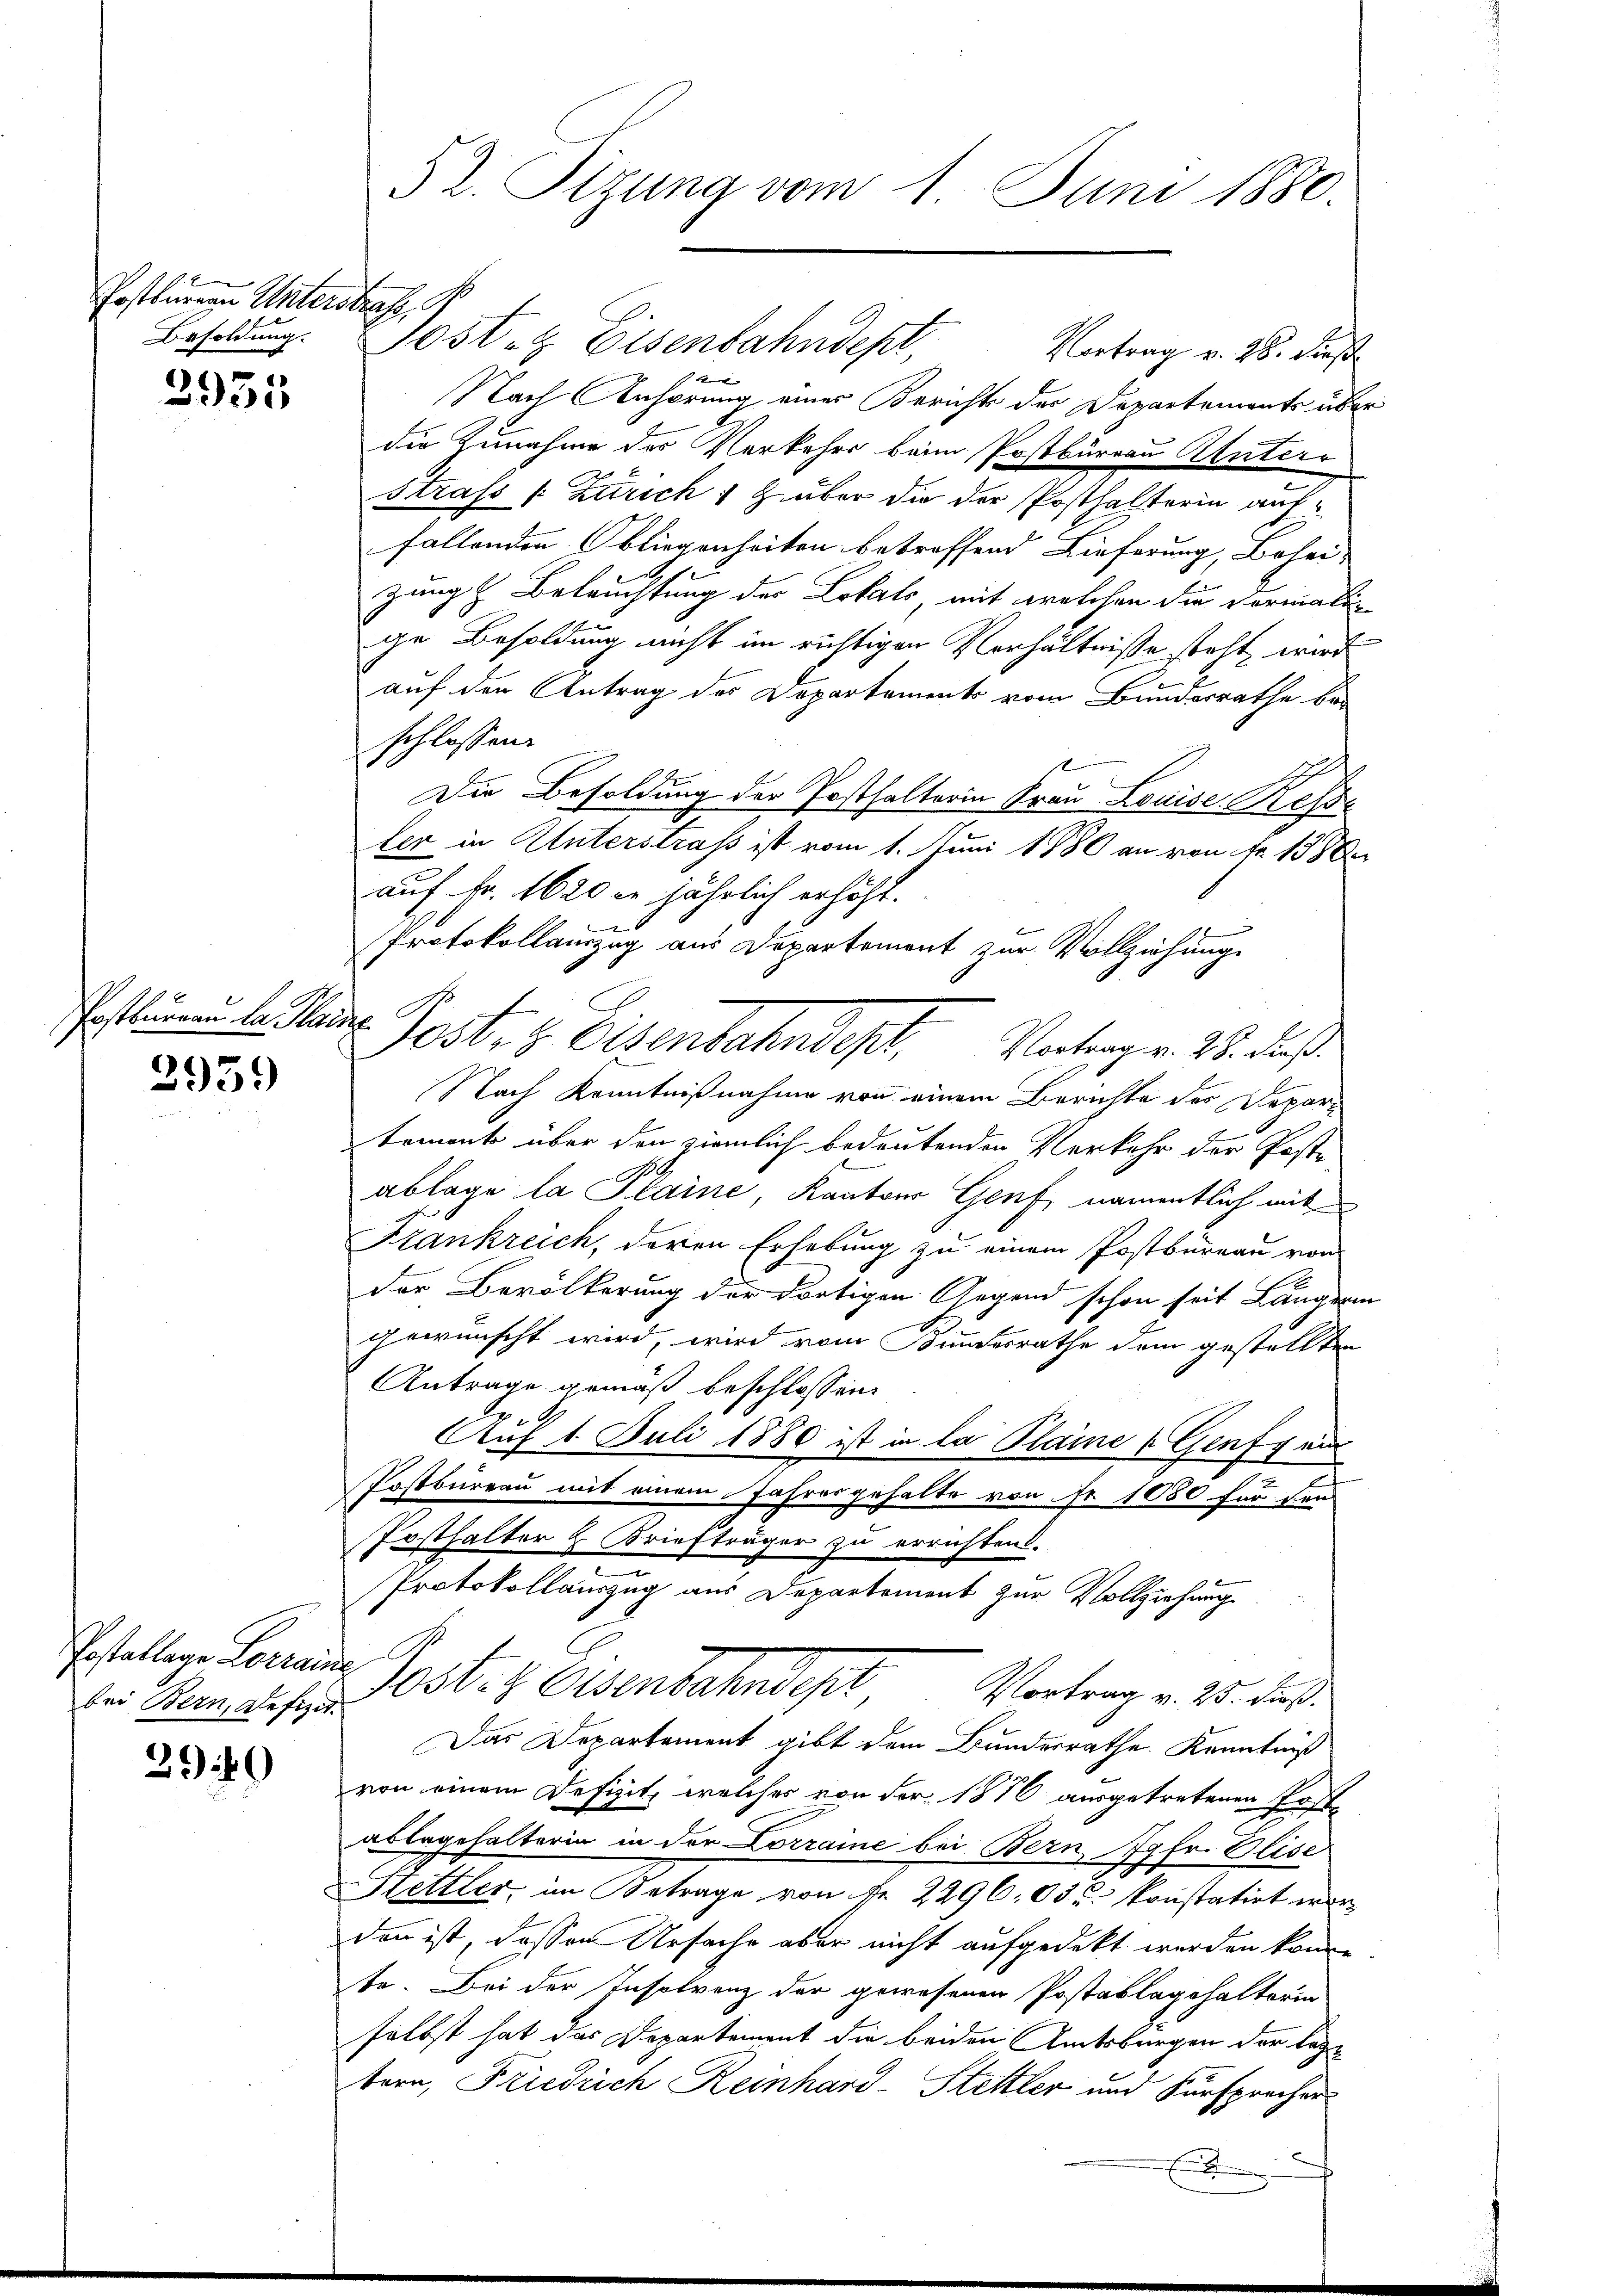
Postturau Unterstrafe,

2935

Postkurren der ande

3959

Postallage Lorraine
bei Bern, defizit.

2040

Vortrag v. 28. Dies
Nach Anhörung einer Berichts der Departements über
die Zunahme des Verkehr beim Postbüreau Aluterr
Strass (Zürich 1 Z. über die der Posthalterin auffallenden bliegenheiten betreffend Lieferung, Behei-
zung & Beleuchtung des Lokals mit welchen die vormalen
ge Besoldung nicht im richtigen Verhältnisse steht, wird
auf den Antrag des Departements vom Bundesrathe be-
schlossen.
s
Die Besoldung der Posthalterin Frau Louise Kesse
ler in Unterstraß ist vom 1. Juni 1880 an von Fr. 1880
auf Fr. 1620 l. jährlich erhöht.
Protokollauszug aus Departement zur Vollziehung
Poster Eisenbahndept. Unterger. 28. dieß
Nach Kenntnißnahme von einem Berichte des Depar
tement über den ziemlich bedeutenden Verkehr der Poste
ablage la Plaine, Kantons Genf, namentlich mit
Krankreich, deren Erhebung zu einem Postbüreau von
.
der Bevölkerung der dortigen Gegend schon seit Längerin
gewünscht wird, wird vom Bundesrathe dem gestellten
Antrage gemäß beschlossen:
A
Auf 1. Juli 1880 ist in la Plaine Genf au
Postbureau mit einem Jahresgehalte von Fr. 1050 für den
Posthalter H. Briefträger zu errichten.
Protokollauszug aus Departement zur Vollziehung
10st. 2. Osenbahndept, Vortrag v. 25. Fuß.
Das Departement gibt dem Bundesrathe Kenntniß
von einem Defizit, welches von der 1870 ausgetretenen Erste
ablagehalterin in der Lorraine bei Bern, Jgfr. Olise
Hettler, im Betrage von Fr. 2296. 63 u. konstatirt war
den ist, dassen Ursache aber nicht aufgedekt worden könne
te. Bei der Insolvenz der gewesenen Postablagehalterin
selbst hat das Departement die beiden Amtsburgen der legtern, Friedrich Reinhard-Stettler und Fürsprechers
d
.

52. Sizung vom 1. Juni 1880.

Besoldung. Posten Eisenbahndepl